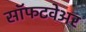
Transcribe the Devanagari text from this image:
सॉफटवेअर